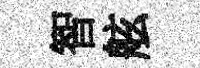
智舷